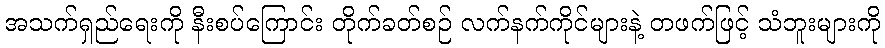
အသက်ရှည်ရေးကို နီးစပ်ကြောင်း တိုက်ခတ်စဉ် လက်နက်ကိုင်များနဲ့ တဖက်ဖြင့် သံဘူးများကို